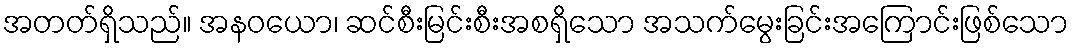
အတတ်ရှိသည်။ အနဝယော၊ ဆင်စီးမြင်းစီးအစရှိသော အသက်မွေးခြင်းအကြောင်းဖြစ်သော